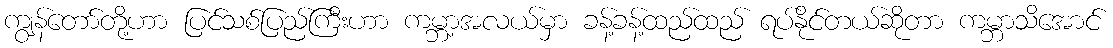
ကျွန်တော်တို့ဟာ ပြင်သစ်ပြည်ကြီးဟာ ကမ္ဘာ့အလယ်မှာ ခန့်ခန့်ထည်ထည် ရပ်နိုင်တယ်ဆိုတာ ကမ္ဘာသိအောင်